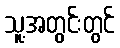
သူ့အတွင်းတွင်